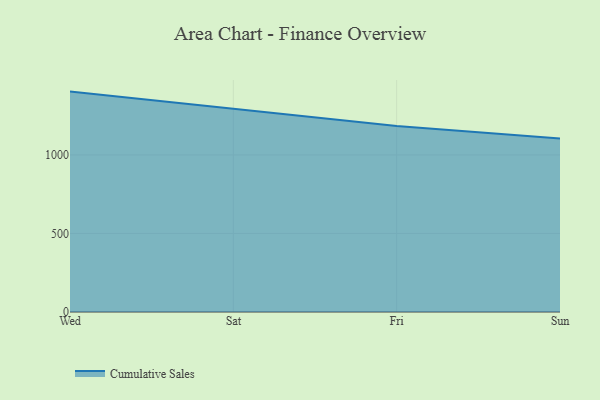
{"axis": {"x": "Day", "y": "Latency (ms)"}, "legend": ["Cumulative Sales"], "data": [{"x": "Wed", "y": 1403.0, "type": "Cumulative Sales"}, {"x": "Sat", "y": 1295.2, "type": "Cumulative Sales"}, {"x": "Fri", "y": 1183.4, "type": "Cumulative Sales"}, {"x": "Sun", "y": 1104.0, "type": "Cumulative Sales"}]}